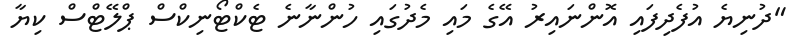
"ދުނިޔެ އުފެދިފައި އޮންނައިރު އޭގެ މައި މެދުގައި ހުންނާނެ ޓެކްޓޯނިކްސް ޕްލޭޓްސް ކިޔާ